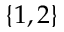
\{ 1 , 2 \}